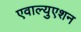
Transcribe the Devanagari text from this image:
एवाल्युएशन